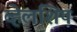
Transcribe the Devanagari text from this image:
व्हेलशिप